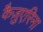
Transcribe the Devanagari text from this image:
कैज़ुएरिना